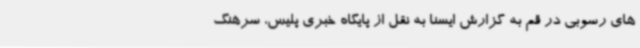
های رسوبی در قم به گزارش ایسنا به نقل از پایگاه خبری پلیس، سرهنگ